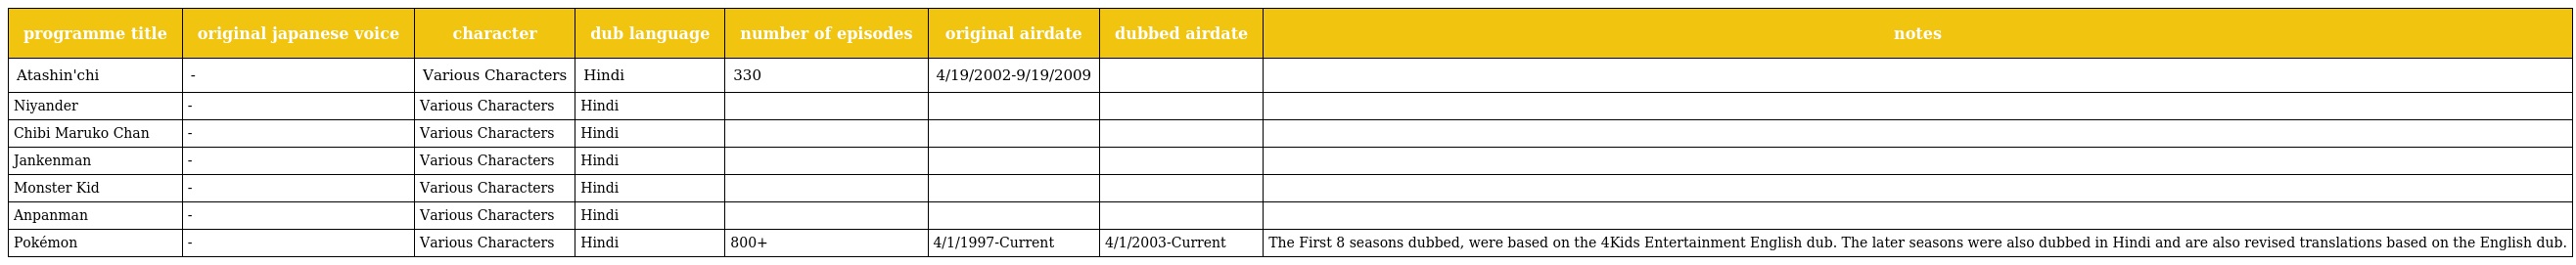
| programme title | original japanese voice | character | dub language | number of episodes | original airdate | dubbed airdate | notes |
 | --- | --- | --- | --- | --- | --- | --- | --- |
 | Atashin'chi | - | Various Characters | Hindi | 330 | 4/19/2002-9/19/2009 |  |  |
 | Niyander | - | Various Characters | Hindi |  |  |  |  |
 | Chibi Maruko Chan | - | Various Characters | Hindi |  |  |  |  |
 | Jankenman | - | Various Characters | Hindi |  |  |  |  |
 | Monster Kid | - | Various Characters | Hindi |  |  |  |  |
 | Anpanman | - | Various Characters | Hindi |  |  |  |  |
 | Pokémon | - | Various Characters | Hindi | 800+ | 4/1/1997-Current | 4/1/2003-Current | The First 8 seasons dubbed, were based on the 4Kids Entertainment English dub. The later seasons were also dubbed in Hindi and are also revised translations based on the English dub. |